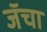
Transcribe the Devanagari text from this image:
जॅचा